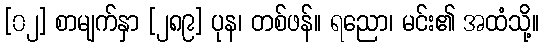
[၀၂] စာမျက်နှာ [၂၈၉] ပုန၊ တစ်ဖန်။ ရညော၊ မင်း၏ အထံသို့။